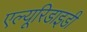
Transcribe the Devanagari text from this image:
एल्यूरिडाइडी